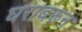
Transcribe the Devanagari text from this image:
घरावरून